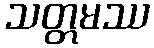
သတ္တမဿ